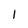
Character: I